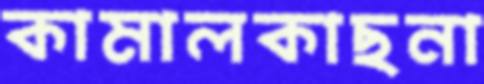
কামালকাছনা